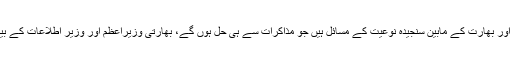
ترجمان دفتر خارجہ کا کہنا تھا کہ پاکستان اور بھارت کے مابین سنجیدہ نوعیت کے مسائل ہیں جو مذاکرات سے ہی حل ہوں گے، بھارتی وزیراعظم اور وزیر اطلاعات کے بیانات پر پاکستان نے مناسب درعمل دیا ہے